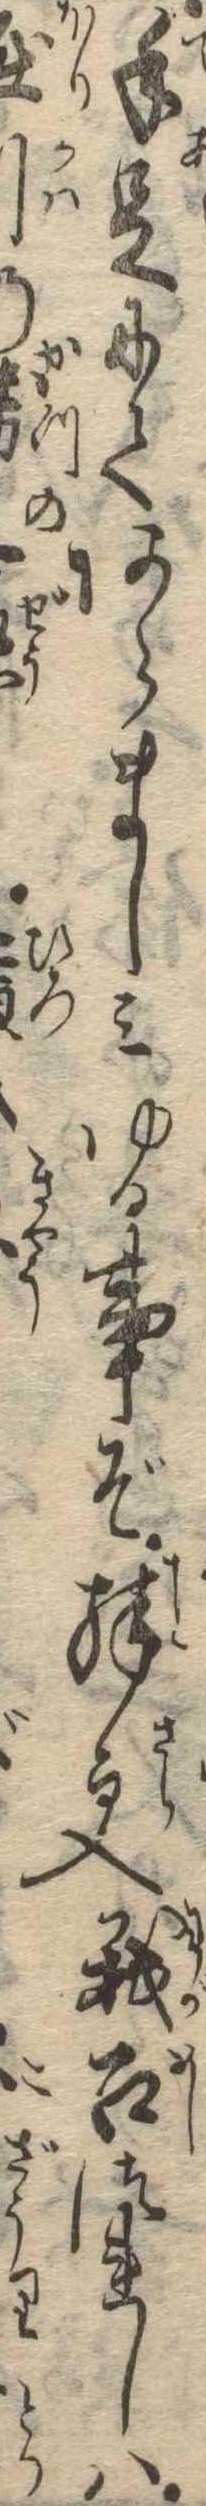
手足にてあらましみゆる事ぞ殊更我召つれしは